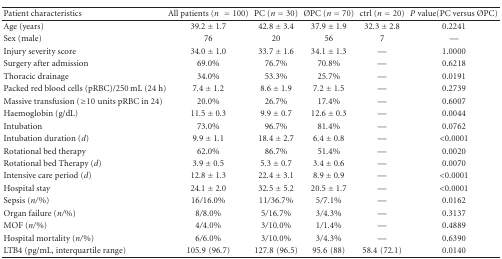
<table><thead><tr><td><b>Patient characteristics</b></td><td><b>All patients (<i>n</i> = 100)</b></td><td><b>PC (<i>n</i> = 30)</b></td><td><b>ØPC (<i>n</i> = 70)</b></td><td><b>ctrl (<i>n</i> = 20)</b></td><td><b><i>P</i> value(PC versus ØPC)</b></td></tr></thead><tbody><tr><td>Age (years)</td><td>39.2 ± 1.7</td><td>42.8 ± 3.4</td><td>37.9 ± 1.9</td><td>32.3 ± 2.8</td><td>0.2241</td></tr><tr><td>Sex (male)</td><td>76</td><td>20</td><td>56</td><td>7</td><td>—</td></tr><tr><td>Injury severity score</td><td>34.0 ± 1.0</td><td>33.7 ± 1.6</td><td>34.1 ± 1.3</td><td>—</td><td>1.0000</td></tr><tr><td>Surgery after admission</td><td>69.0%</td><td>76.7%</td><td>70.8%</td><td>—</td><td>0.6218</td></tr><tr><td>Thoracic drainage</td><td>34.0%</td><td>53.3%</td><td>25.7%</td><td>—</td><td>0.0191</td></tr><tr><td>Packed red blood cells (pRBC)/250 mL (24 h)</td><td>7.4 ± 1.2</td><td>8.6 ± 1.9</td><td>7.2 ± 1.5</td><td>—</td><td>0.2739</td></tr><tr><td>Massive transfusion (≥10units pRBC in 24)</td><td>20.0%</td><td>26.7%</td><td>17.4%</td><td>—</td><td>0.6007</td></tr><tr><td>Haemoglobin (g/dL)</td><td>11.5 ± 0.3</td><td>9.9 ± 0.7</td><td>12.6 ± 0.3</td><td>—</td><td>0.0044</td></tr><tr><td>Intubation</td><td>73.0%</td><td>96.7%</td><td>81.4%</td><td>—</td><td>0.0762</td></tr><tr><td>Intubation duration (<i>d</i>)</td><td>9.9 ± 1.1</td><td>18.4 ± 2.7</td><td>6.4 ± 0.8</td><td>—</td><td>&lt;0.0001</td></tr><tr><td>Rotational bed therapy</td><td>62.0%</td><td>86.7%</td><td>51.4%</td><td>—</td><td>0.0020</td></tr><tr><td>Rotational bed Therapy (<i>d</i>)</td><td>3.9 ± 0.5</td><td>5.3 ± 0.7</td><td>3.4 ± 0.6</td><td>—</td><td>0.0070</td></tr><tr><td>Intensive care period (<i>d</i>)</td><td>12.8 ± 1.3</td><td>22.4 ± 3.1</td><td>8.9 ± 0.9</td><td>—</td><td>&lt;0.0001</td></tr><tr><td>Hospital stay</td><td>24.1 ± 2.0</td><td>32.5 ± 5.2</td><td>20.5 ± 1.7</td><td>—</td><td>&lt;0.0001</td></tr><tr><td>Sepsis (<i>n</i>/%)</td><td>16/16.0%</td><td>11/36.7%</td><td>5/7.1%</td><td>—</td><td>0.0162</td></tr><tr><td>Organ failure (<i>n</i>/%)</td><td>8/8.0%</td><td>5/16.7%</td><td>3/4.3%</td><td>—</td><td>0.3137</td></tr><tr><td>MOF (<i>n</i>/%)</td><td>4/4.0%</td><td>3/10.0%</td><td>1/1.4%</td><td>—</td><td>0.4889</td></tr><tr><td>Hospital mortality (<i>n</i>/%)</td><td>6/6.0%</td><td>3/10.0%</td><td>3/4.3%</td><td>—</td><td>0.6390</td></tr><tr><td>LTB4 (pg/mL, interquartile range)</td><td>105.9(96.7)</td><td>127.8(96.5)</td><td>95.6(88)</td><td>58.4(72.1)</td><td>0.0140</td></tr></tbody></table>